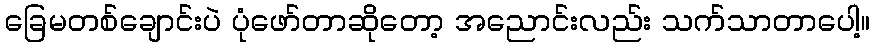
ခြေမတစ်ချောင်းပဲ ပုံဖော်တာဆိုတော့ အညောင်းလည်း သက်သာတာပေါ့။